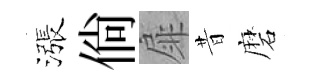
漲倘扉昔磨